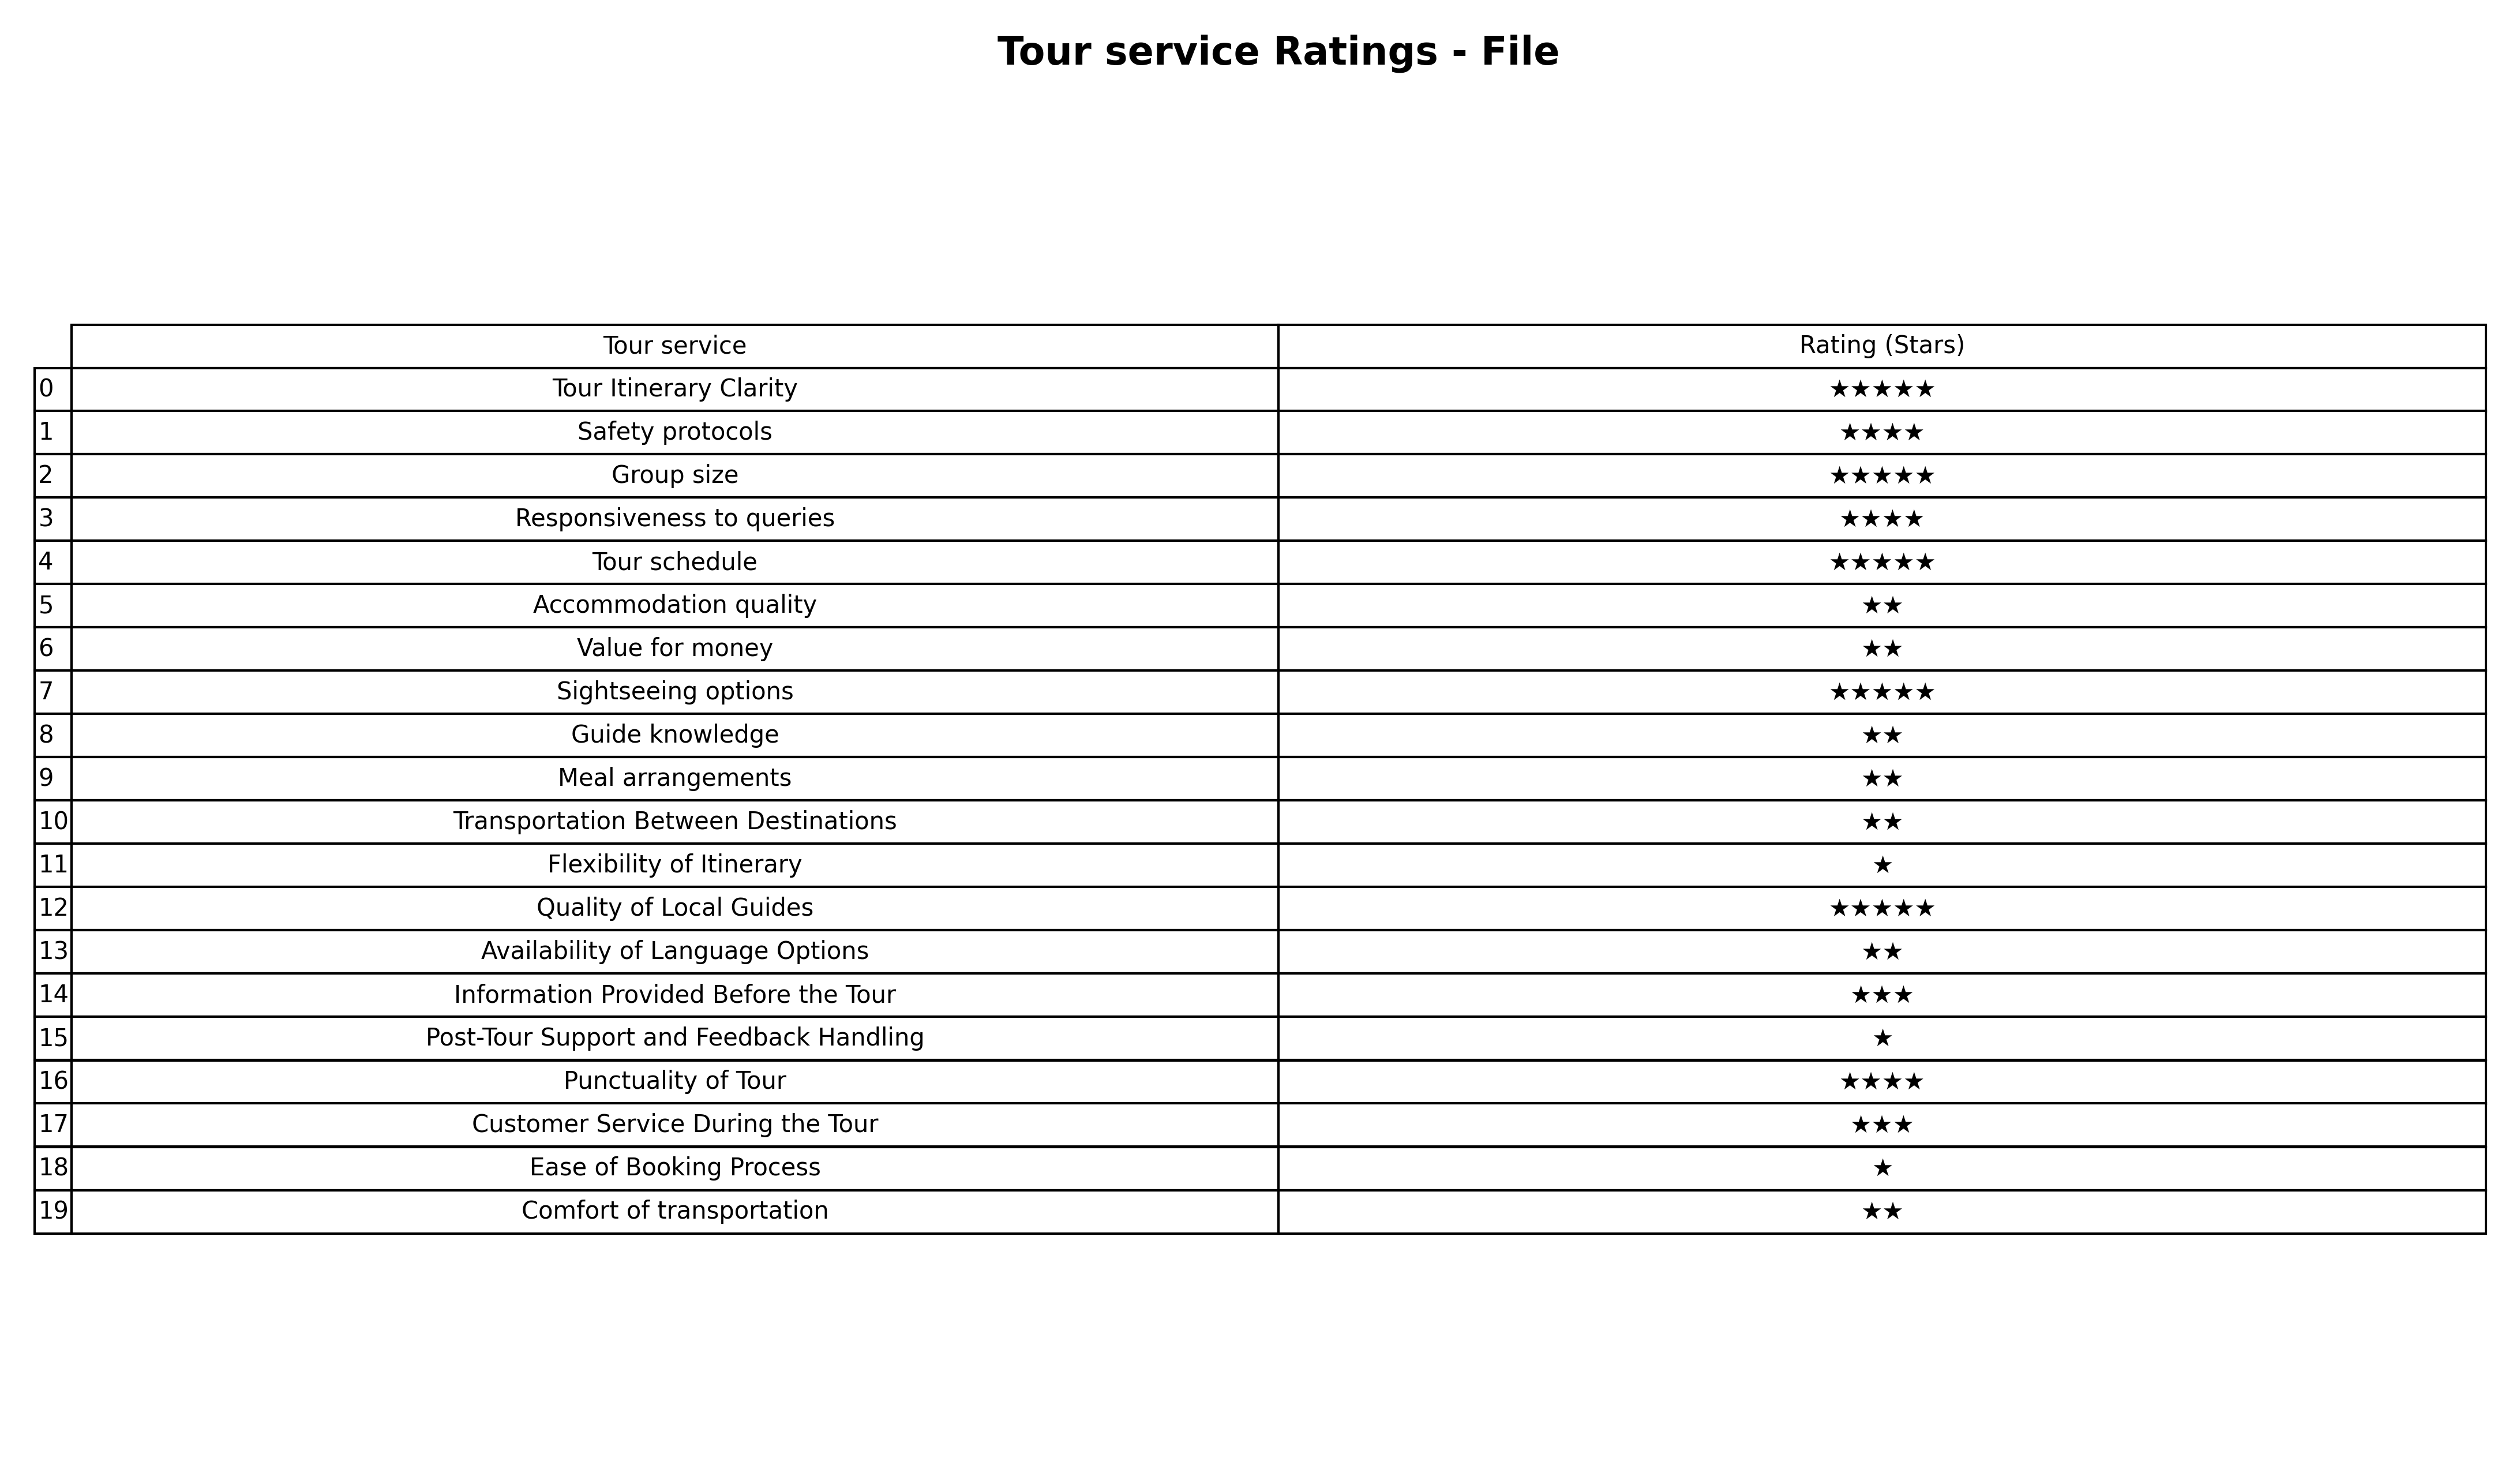
question: What is the rating of Punctuality of Tour?
answer: ★★★★